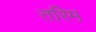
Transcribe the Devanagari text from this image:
तरिम